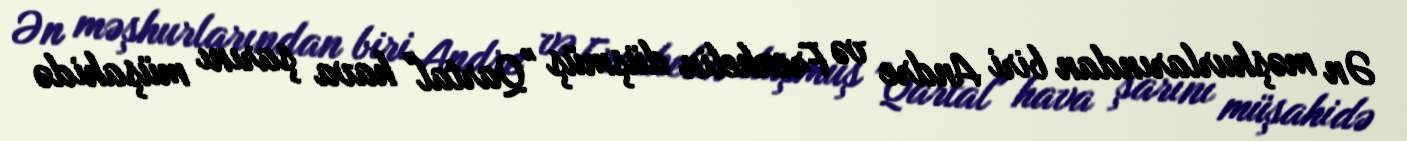
Ən məşhurlarından biri Andre və Frenkelin düşmüş "Qartal" hava şarını müşahidə